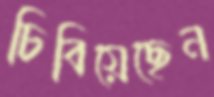
চিবিয়েছেন